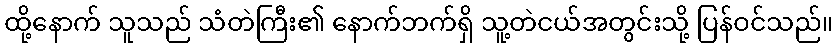
ထို့နောက် သူသည် သံတဲကြီး၏ နောက်ဘက်ရှိ သူ့တဲငယ်အတွင်းသို့ ပြန်ဝင်သည်။